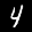
Label: 4